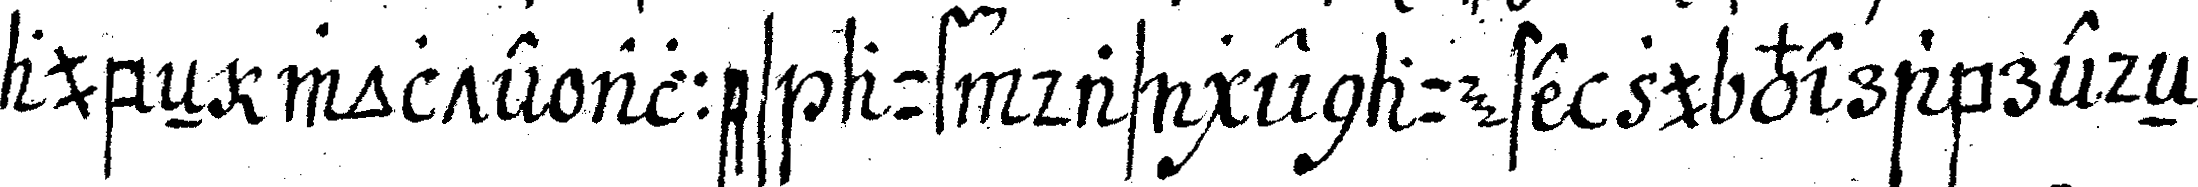
aubeN wolteN alles auf das genaueste zu veabredeN